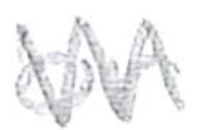
Text: or
Cross-out: zig-zag
Writing tool: pencil